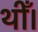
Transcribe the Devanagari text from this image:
थीँ।